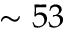
\sim 5 3